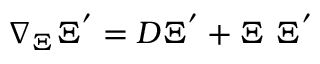
\nabla _ { \Xi } \Xi ^ { ' } = D \Xi ^ { ' } + \Xi ~ \Xi ^ { ' }